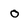
Character: o